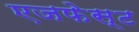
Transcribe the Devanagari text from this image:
एजफेस्ट